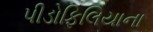
પીડોફિલિયાના